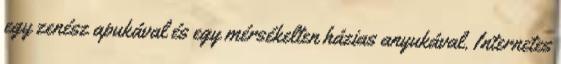
egy zenész apukával és egy mérsékelten házias anyukával. Internetes